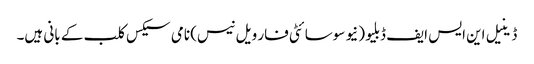
ڈینیل این ایس ایف ڈبلیو (نیو سوسائٹی فار ویل نیس) نامی سیکس کلب کے بانی ہیں۔